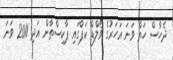
ދެހާސް ހަތް ވަނަ އަހަރުގެ ވޯލްޑް ކަޕްގައި ޕާކިސްތާން އަދި 2011 ވަނަ